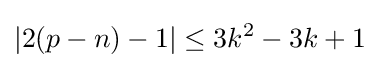
|2(p-n)-1|\leq 3k^{2}-3k+1